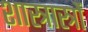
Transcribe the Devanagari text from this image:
शास्त्रास्त्रों